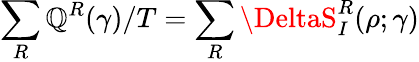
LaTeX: \sum_{R}\mathbb{Q}^{R}(\gamma)/T=\sum_{R}\DeltaS_{I}^{R}(\rho;\gamma)